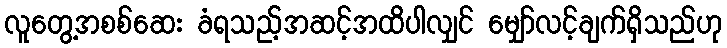
လူတွေ့အစစ်ဆေး ခံရသည့်အဆင့်အထိပါလျှင် မျှော်လင့်ချက်ရှိသည်ဟု